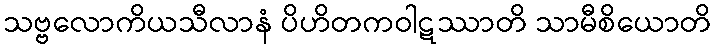
သဗ္ဗလောကိယသီလာနံ ပိဟိတကဝါဋဿာတိ သာမီစိယောတိ